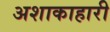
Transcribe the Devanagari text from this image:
अशाकाहारी